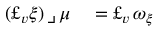
\begin{array} { r l } { ( \pounds _ { v } \xi ) \, \lrcorner \, \mu } & { { } = \pounds _ { v } \, \omega _ { \xi } } \end{array}